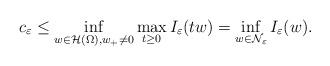
LaTeX: \begin{align*} c_\varepsilon\leq\inf\limits_{w\in \mathcal{H}(\Omega), w_+\neq 0}\max\limits_{t\geq 0}I_\varepsilon(tw)=\inf\limits_{w\in \mathcal{N}_\varepsilon}I_\varepsilon(w).\end{align*}